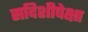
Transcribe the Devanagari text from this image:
सदिशीपेक्षा